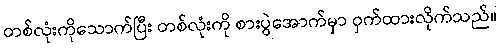
တစ်လုံးကိုသောက်ပြီး တစ်လုံးကို စားပွဲအောက်မှာ ဝှက်ထားလိုက်သည်။